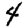
Digit: 4